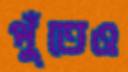
পুঁতেও